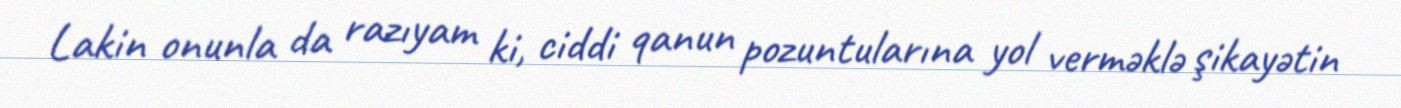
Lakin onunla da razıyam ki, ciddi qanun pozuntularına yol verməklə şikayətin